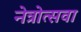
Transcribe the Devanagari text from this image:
नेत्रोत्सवा